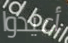
أعيدوا